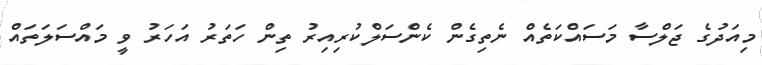
މިއަދުގެ ޖަލްސާ މަސައްކަތެއް ނެތިގެން ކެންސަލްކުރިއިރު ތިން ހަތަރު އަހަރު ވީ މައްސަލަތައް